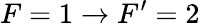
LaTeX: F=1\rightarrow F^{\prime}=2